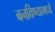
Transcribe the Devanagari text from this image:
बनविण्यामध्ये